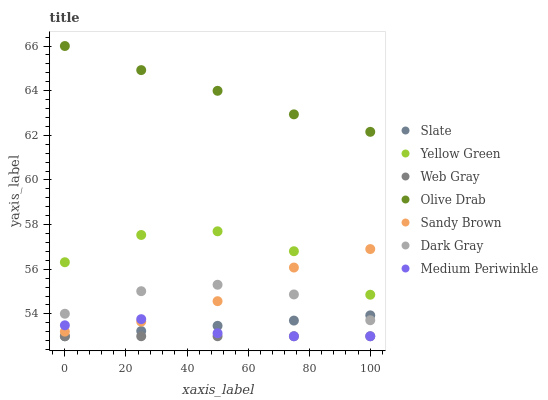
| xaxis_label | Slate | Yellow Green | Web Gray | Olive Drab | Sandy Brown | Dark Gray | Medium Periwinkle |
 | --- | --- | --- | --- | --- | --- | --- | --- |
 | 0 | 53 | 56.3 | 53 | 66 | 53.2 | 54 | 53.5 |
 | 25 | 53.2 | 57.5 | 53 | 64.9 | 53.7 | 55 | 53.8 |
 | 50 | 53.5 | 57.7 | 53 | 64 | 54.6 | 55.3 | 53.1 |
 | 75 | 53.7 | 56.8 | 53 | 62.9 | 56.1 | 54.9 | 53 |
 | 100 | 53.9 | 54.9 | 53 | 62.2 | 56.9 | 53.7 | 53 |